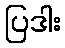
ပြဒါး